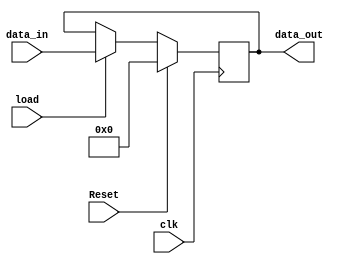
module Buffer
  (
    input                 clk,
    input                 Reset,
    input                 load,
	 input  [7:0]           data_in,
    output reg [7:0]       data_out 
  );
 
  always @(posedge clk)
    if (Reset)
      data_out <= 0;
    else
	  if(load)
      data_out <= data_in;
    
endmodule